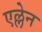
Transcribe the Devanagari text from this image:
एल्लेन